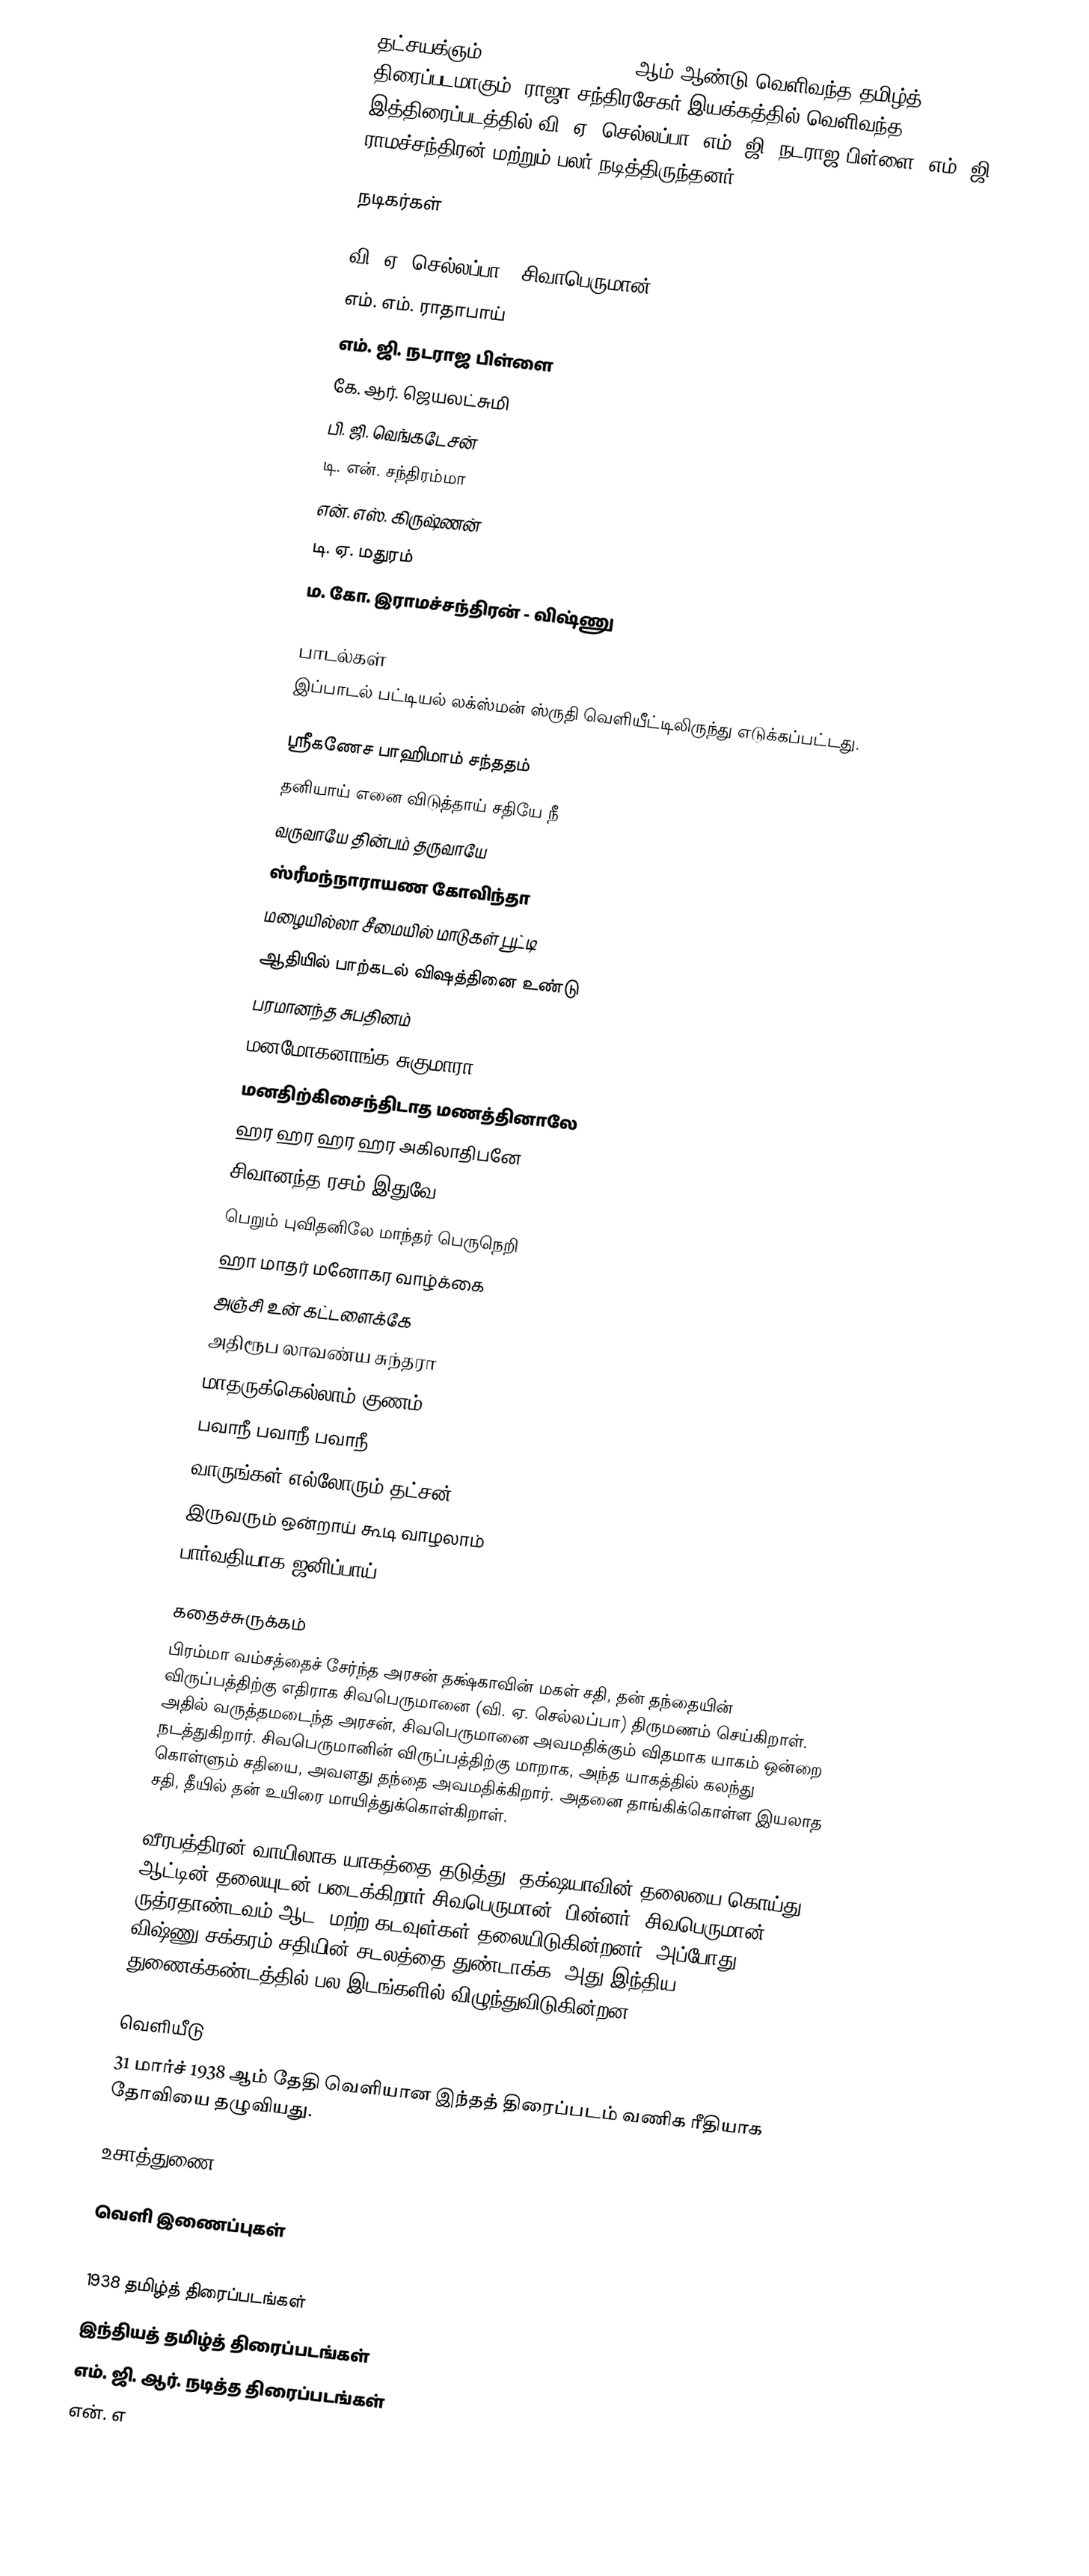
தட்சயக்ஞம் (Dakshayagnam) 1938 ஆம் ஆண்டு வெளிவந்த தமிழ்த் திரைப்படமாகும். ராஜா சந்திரசேகர் இயக்கத்தில் வெளிவந்த இத்திரைப்படத்தில் வி. ஏ. செல்லப்பா, எம். ஜி. நடராஜ பிள்ளை, எம். ஜி. ராமச்சந்திரன் மற்றும் பலர் நடித்திருந்தனர்.

நடிகர்கள்

 வி. ஏ. செல்லப்பா - சிவாபெருமான்
 எம். எம். ராதாபாய்
 எம். ஜி. நடராஜ பிள்ளை
 கே. ஆர். ஜெயலட்சுமி
 பி. ஜி. வெங்கடேசன்
 டி. என். சந்திரம்மா
 என். எஸ். கிருஷ்ணன்
 டி. ஏ. மதுரம்
 ம. கோ. இராமச்சந்திரன் - விஷ்ணு

பாடல்கள்
இப்பாடல் பட்டியல் லக்ஸ்மன் ஸ்ருதி வெளியீட்டிலிருந்து எடுக்கப்பட்டது.

 ஸ்ரீகணேச பாஹிமாம் சந்ததம்
 தனியாய் எனை விடுத்தாய் சதியே நீ
 வருவாயே தின்பம் தருவாயே
 ஸ்ரீமந்நாராயண கோவிந்தா
 மழையில்லா சீமையில் மாடுகள் பூட்டி
 ஆதியில் பாற்கடல் விஷத்தினை உண்டு
 பரமானந்த சுபதினம்
 மனமோகனாங்க சுகுமாரா
 மனதிற்கிசைந்திடாத மணத்தினாலே
 ஹர ஹர ஹர ஹர அகிலாதிபனே
 சிவானந்த ரசம் இதுவே
 பெறும் புவிதனிலே மாந்தர் பெருநெறி
 ஹா மாதர் மனோகர வாழ்க்கை
 அஞ்சி உன் கட்டளைக்கே
 அதிரூப லாவண்ய சுந்தரா
 மாதருக்கெல்லாம் குணம்
 பவாநீ பவாநீ பவாநீ
 வாருங்கள் எல்லோரும் தட்சன்
 இருவரும் ஒன்றாய் கூடி வாழலாம்
 பார்வதியாக ஜனிப்பாய்

கதைச்சுருக்கம்
பிரம்மா வம்சத்தைச் சேர்ந்த அரசன் தக்ஷ்காவின் மகள் சதி, தன் தந்தையின் விருப்பத்திற்கு எதிராக சிவபெருமானை (வி. ஏ. செல்லப்பா) திருமணம் செய்கிறாள். அதில் வருத்தமடைந்த அரசன், சிவபெருமானை அவமதிக்கும் விதமாக யாகம் ஒன்றை நடத்துகிறார். சிவபெருமானின் விருப்பத்திற்கு மாறாக, அந்த யாகத்தில் கலந்து கொள்ளும் சதியை, அவளது தந்தை அவமதிக்கிறார். அதனை தாங்கிக்கொள்ள இயலாத சதி, தீயில் தன் உயிரை மாயித்துக்கொள்கிறாள்.

வீரபத்திரன் வாயிலாக யாகத்தை தடுத்து, தக்ஷயாவின் தலையை கொய்து, ஆட்டின் தலையுடன் படைக்கிறார் சிவபெருமான். பின்னர், சிவபெருமான் ருத்ரதாண்டவம் ஆட, மற்ற கடவுள்கள் தலையிடுகின்றனர். அப்போது, விஷ்ணு சக்கரம் சதியின் சடலத்தை துண்டாக்க, அது இந்திய துணைக்கண்டத்தில் பல இடங்களில் விழுந்துவிடுகின்றன.

வெளியீடு
31 மார்ச் 1938 ஆம் தேதி வெளியான இந்தத் திரைப்படம் வணிக ரீதியாக தோவியை தழுவியது.

உசாத்துணை

வெளி இணைப்புகள்

1938 தமிழ்த் திரைப்படங்கள்
இந்தியத் தமிழ்த் திரைப்படங்கள்
எம். ஜி. ஆர். நடித்த திரைப்படங்கள்
என். எ